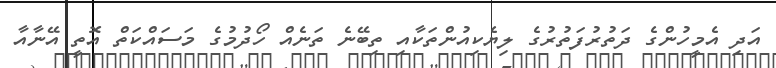
އަދި އެމީހުންގެ ދަތުރުފަތުރުގެ ލިޔެކިއުންތަކާއި ތިބޭނެ ތަނެއް ހޯދުމުގެ މަސައްކަތް އޮތީ އޭނާއާ